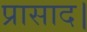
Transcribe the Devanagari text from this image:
प्रासाद।